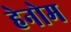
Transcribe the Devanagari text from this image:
हेनोम